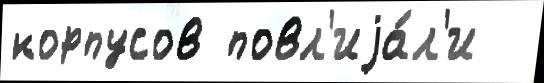
корпусов повл'иjа́л'и